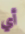
أي